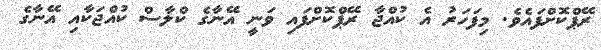
ރޭޕްކޮށްފައެވެ. މިފަހަރު އެ ކުއްޖާ ރޭޕްކޮށްފައި ވަނީ އޭނާގެ ކްލާސް ކުއްޖަކާއި އޭނާގެ